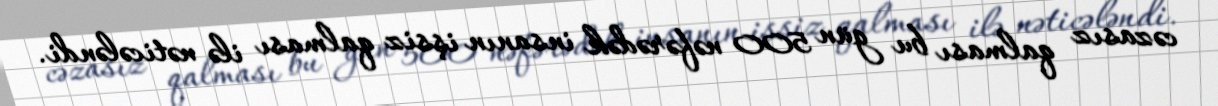
cəzasız qalması bu gün 500 nəfərədək insanın işsiz qalması ilə nəticələndi.